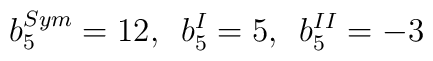
b_5^{Sym}=12,\,\,\,b_5^{I}=5,\,\,\,b_5^{II}=-3